Civil Veterinary Dept. Bombay admin report 1932-41 - 1932-1941
Year: 1932
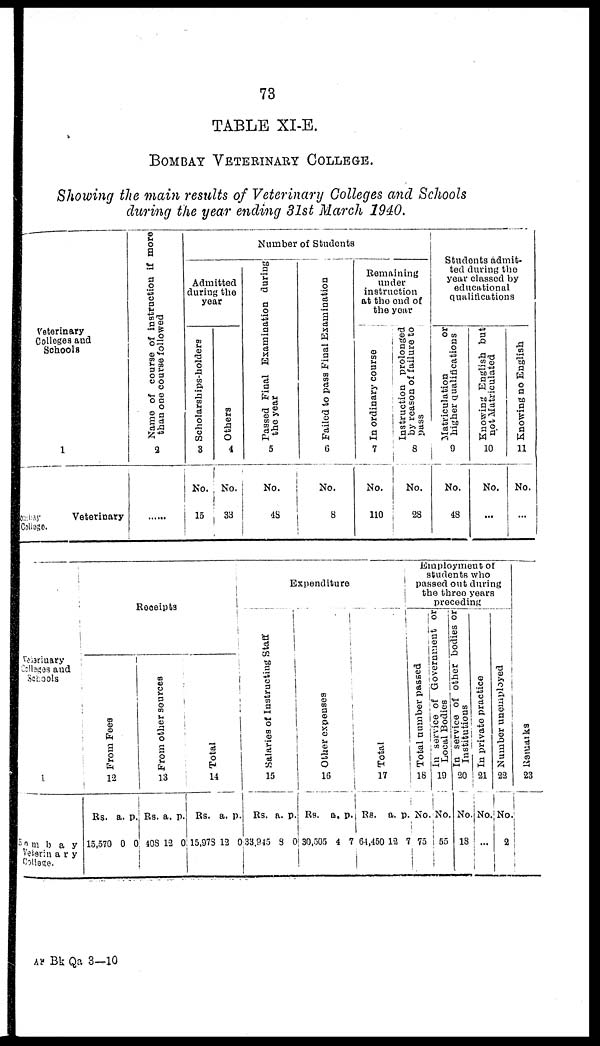
73
TABLE XI-E.
BOMBAY VETERINARY COLLEGE.
Showing the main results of Veterinary Colleges and Schools
during the year ending 31st March 1940.
Veterinary
College and
Schools
1
Bombay
Veterinary
College.
Name
of course of instruction if more
than one course followed
2
......
Number of Students
Admitted
during the
year
Scholarships-holders
3
No.
15
Others
4
No.
38
Passed
Final Examination during
the year
5
No.
48
Failed to pass Final Examination
6
No.
8
Remaining
under
instruction
at the end of
the year
In ordinary course
7
No.
110
Instruction prolonged
by reason of failure to
pass
8
No.
28
Students admit-
ted during the
year classed by
educational
qualifications
Matriculation
or
higher Qualifications
9
No.
48
Knowing English but
not Matriculated
10
No.
...
Knowing no English
11
No.
...
Vetarinary
Colleges and
Schools
1
Bombay
Veterinary
College.
Receipts
Fr om Fees
12
Rs.
15,570
a.
0
p.
0
From other sources
13
Rs.
408
a.
13
p.
0
Tot al
14
Rs.
15,978
a.
12
p.
0
Expenditure
Salaries of Instructing Staff
15
Rs.
33,945
a.
8
p.
0
Ot her expenses
16
Rs.
30,505
a.
4
p.
7
Tot al
17
Rs.
64,450
a.
12
p
7
Employment or
students who
passed out during
the three years
preceding
Total number passed
18
No.
75
In service of Government or
Local Bodies
19
No.
55
In service of other bodies or
Institutions
90
No.
18
In private practice
21
No.
...
Number unemployed
33
No.
2
Remarks
23
AR Bk Qa 3—10